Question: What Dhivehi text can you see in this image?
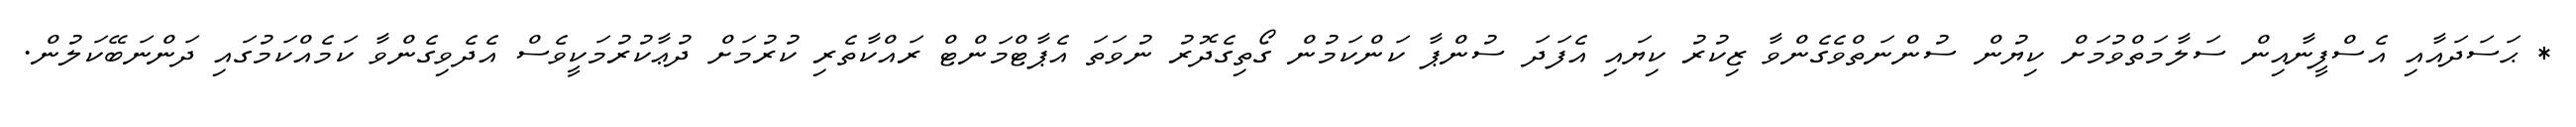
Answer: * ޙަސަދައާއި އެސްފީނާއިން ސަލާމަތްވުމަށް ކިޔުން ސުންނަތްވެގެންވާ ޒިކުރު ކިޔައި އެފަދަ ސުންޕާ ކަންކަމުން ގޯތިގެދޮރު ނުވަތަ އެޕާޓްމަންޓް ރައްކާތެރި ކުރުމަށް ދުޢާކުރުމަކީވެސް އެދެވިގެންވާ ކަމެއްކަމުގައި ދަންނަބޭކަލުން.